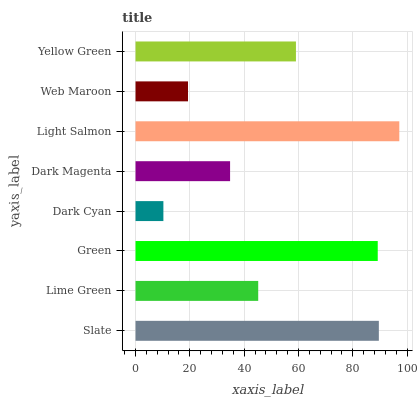
| yaxis_label | bars |
 | --- | --- |
 | Slate | 89.6 |
 | Lime Green | 45.2 |
 | Green | 89.2 |
 | Dark Cyan | 10.3 |
 | Dark Magenta | 34.8 |
 | Light Salmon | 97.1 |
 | Web Maroon | 19.3 |
 | Yellow Green | 59.1 |